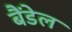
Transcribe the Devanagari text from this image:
बैंडेल